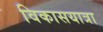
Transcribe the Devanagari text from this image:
विकासयात्रा